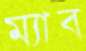
ম্যাব